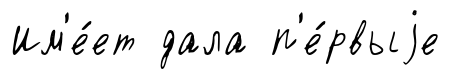
Им'е́ет дала п'е́рвыjе